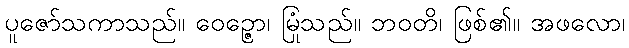
ပူဇော်သကာသည်။ ဝေဉ္ဇော၊ မြုံသည်။ ဘဝတိ၊ ဖြစ်၏။ အဖလော၊